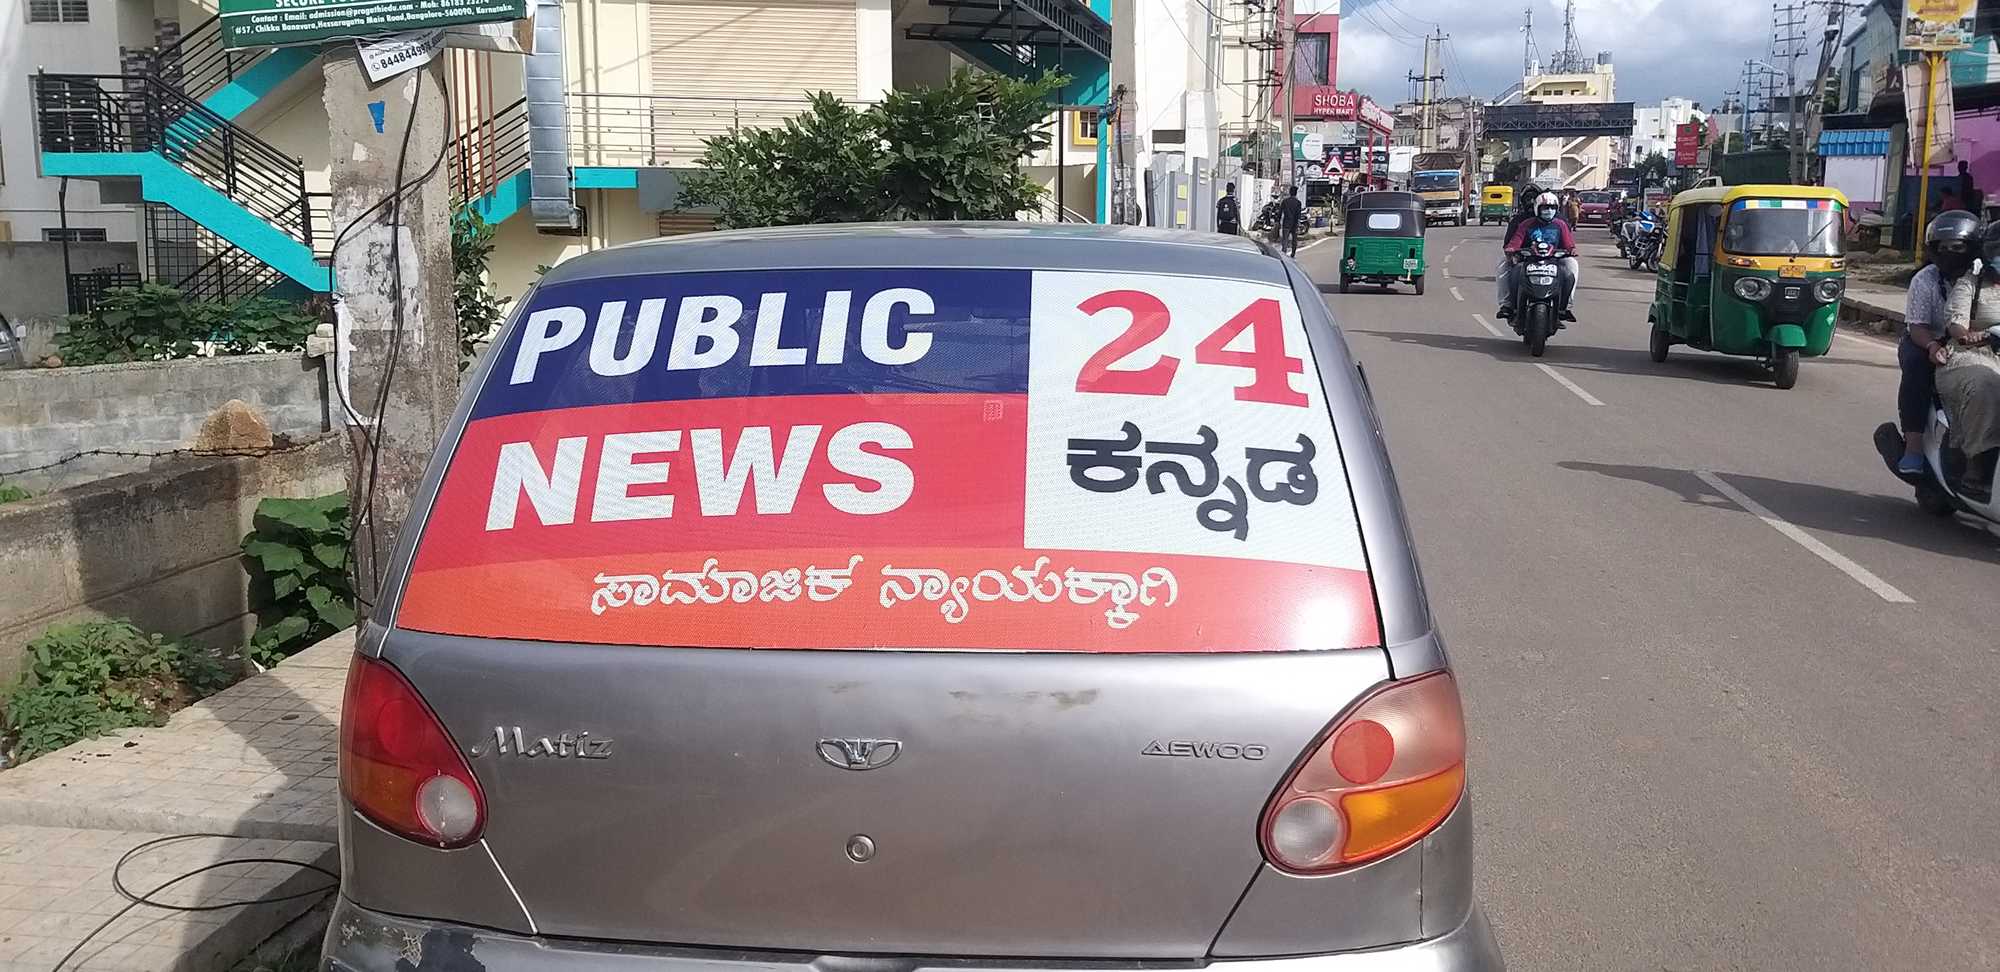
Language: kannada
Transcription: ಕನ್ನಡ ಸಾಮಾಜಿಕ ನ್ಯಾಯಕ್ಕಾಗಿ